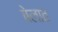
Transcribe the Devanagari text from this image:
बेलात